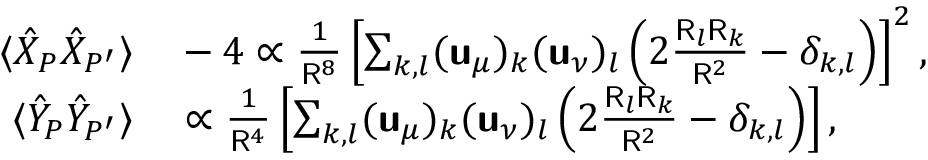
\begin{array} { r l } { \langle \hat { X } _ { P } \hat { X } _ { P ^ { \prime } } \rangle } & { { } - 4 \propto \frac { 1 } { \mathsf { R } ^ { 8 } } \left[ \sum _ { k , l } ( \boldsymbol { \mathsf { u } } _ { \mu } ) _ { k } ( \boldsymbol { \mathsf { u } } _ { \nu } ) _ { l } \left( 2 \frac { \mathsf { R } _ { l } \mathsf { R } _ { k } } { \mathsf { R } ^ { 2 } } - \delta _ { k , l } \right) \right] ^ { 2 } , } \\ { \langle \hat { Y } _ { P } \hat { Y } _ { P ^ { \prime } } \rangle } & { { } \propto \frac { 1 } { \mathsf { R } ^ { 4 } } \left[ \sum _ { k , l } ( \boldsymbol { \mathsf { u } } _ { \mu } ) _ { k } ( \boldsymbol { \mathsf { u } } _ { \nu } ) _ { l } \left( 2 \frac { \mathsf { R } _ { l } \mathsf { R } _ { k } } { \mathsf { R } ^ { 2 } } - \delta _ { k , l } \right) \right] , } \end{array}